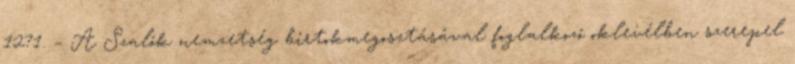
1271. – A Szalók nemzetség birtokmegosztásával foglalkozó oklevélben szerepel